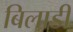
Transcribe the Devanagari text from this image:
बिलाडी